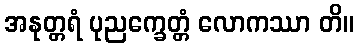
အနုတ္တရံ ပုညက္ခေတ္တံ လောကဿာ တိ။